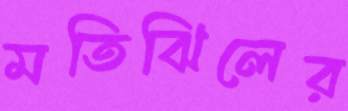
মতিঝিলের